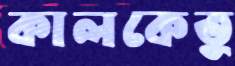
কালকেতু